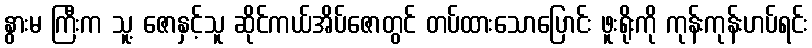
နွားမ ကြီးက သူ့ ဇောနှင့်သူ ဆိုင်ကယ်အိပ်ဇောတွင် တပ်ထားသောပြောင်း ဖူးရိုးကို ကုန်းကုန်းဟပ်ရင်း